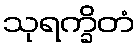
သုရက္ခိတံ